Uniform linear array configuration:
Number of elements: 64
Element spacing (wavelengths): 1
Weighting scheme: cosine
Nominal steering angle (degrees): -15
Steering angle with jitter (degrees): -14.611
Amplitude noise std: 0.05
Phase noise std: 0.05

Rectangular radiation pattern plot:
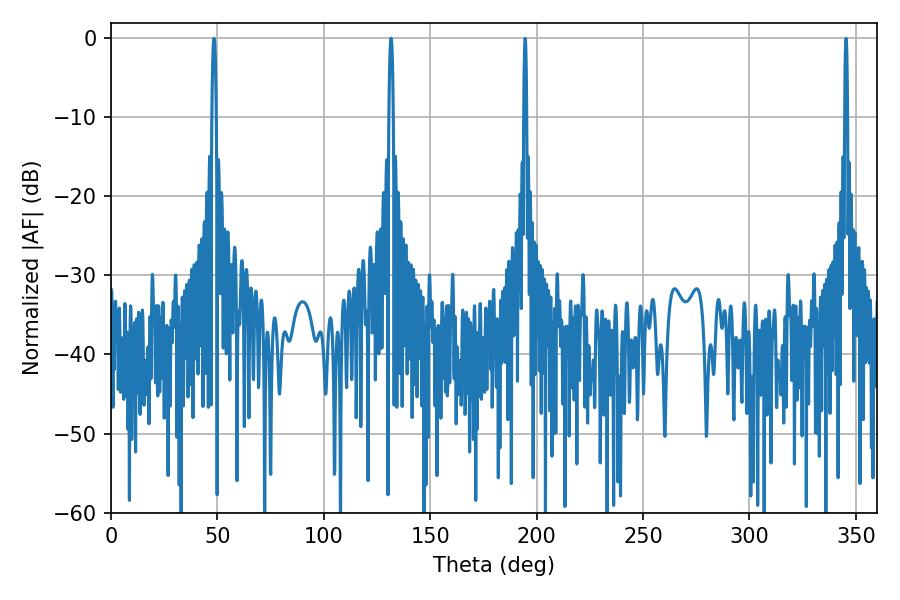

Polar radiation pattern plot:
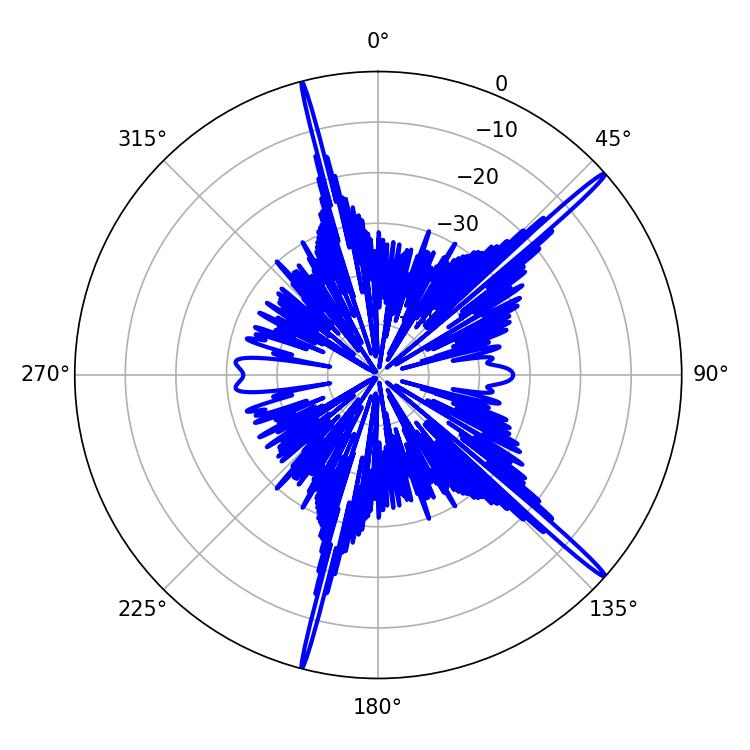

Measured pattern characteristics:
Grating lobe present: TRUE
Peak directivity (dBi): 18.684
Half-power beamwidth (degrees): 1.08
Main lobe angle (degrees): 48.42